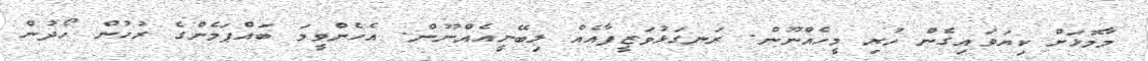
މާމޮޅަށް ކިޔަވައިގެން ހުރި މީހެއްނޫން. ރަނގަޅުވަޒީފާއެއް ލިބޭނީއެއްނޫން. އެހެންވީމަ ބައްޕަމެންގެ ރުހުން ހޯދުން